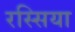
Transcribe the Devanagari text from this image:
रस्सिया